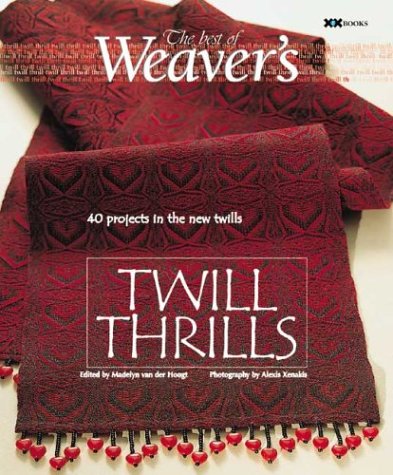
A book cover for Twill Thrills: The Best of Weaver's (Best of Weaver's series); Crafts, Hobbies & Home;